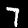
Digit: 7